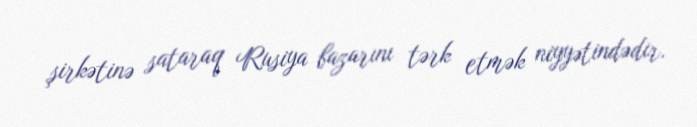
şirkətinə sataraq Rusiya bazarını tərk etmək niyyətindədir.